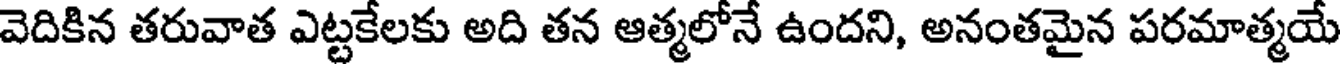
వెదికిన తరువాత ఎట్టకేలకు అది తన ఆత్మలోనే ఉందని, అనంతమైన పరమాత్మయే